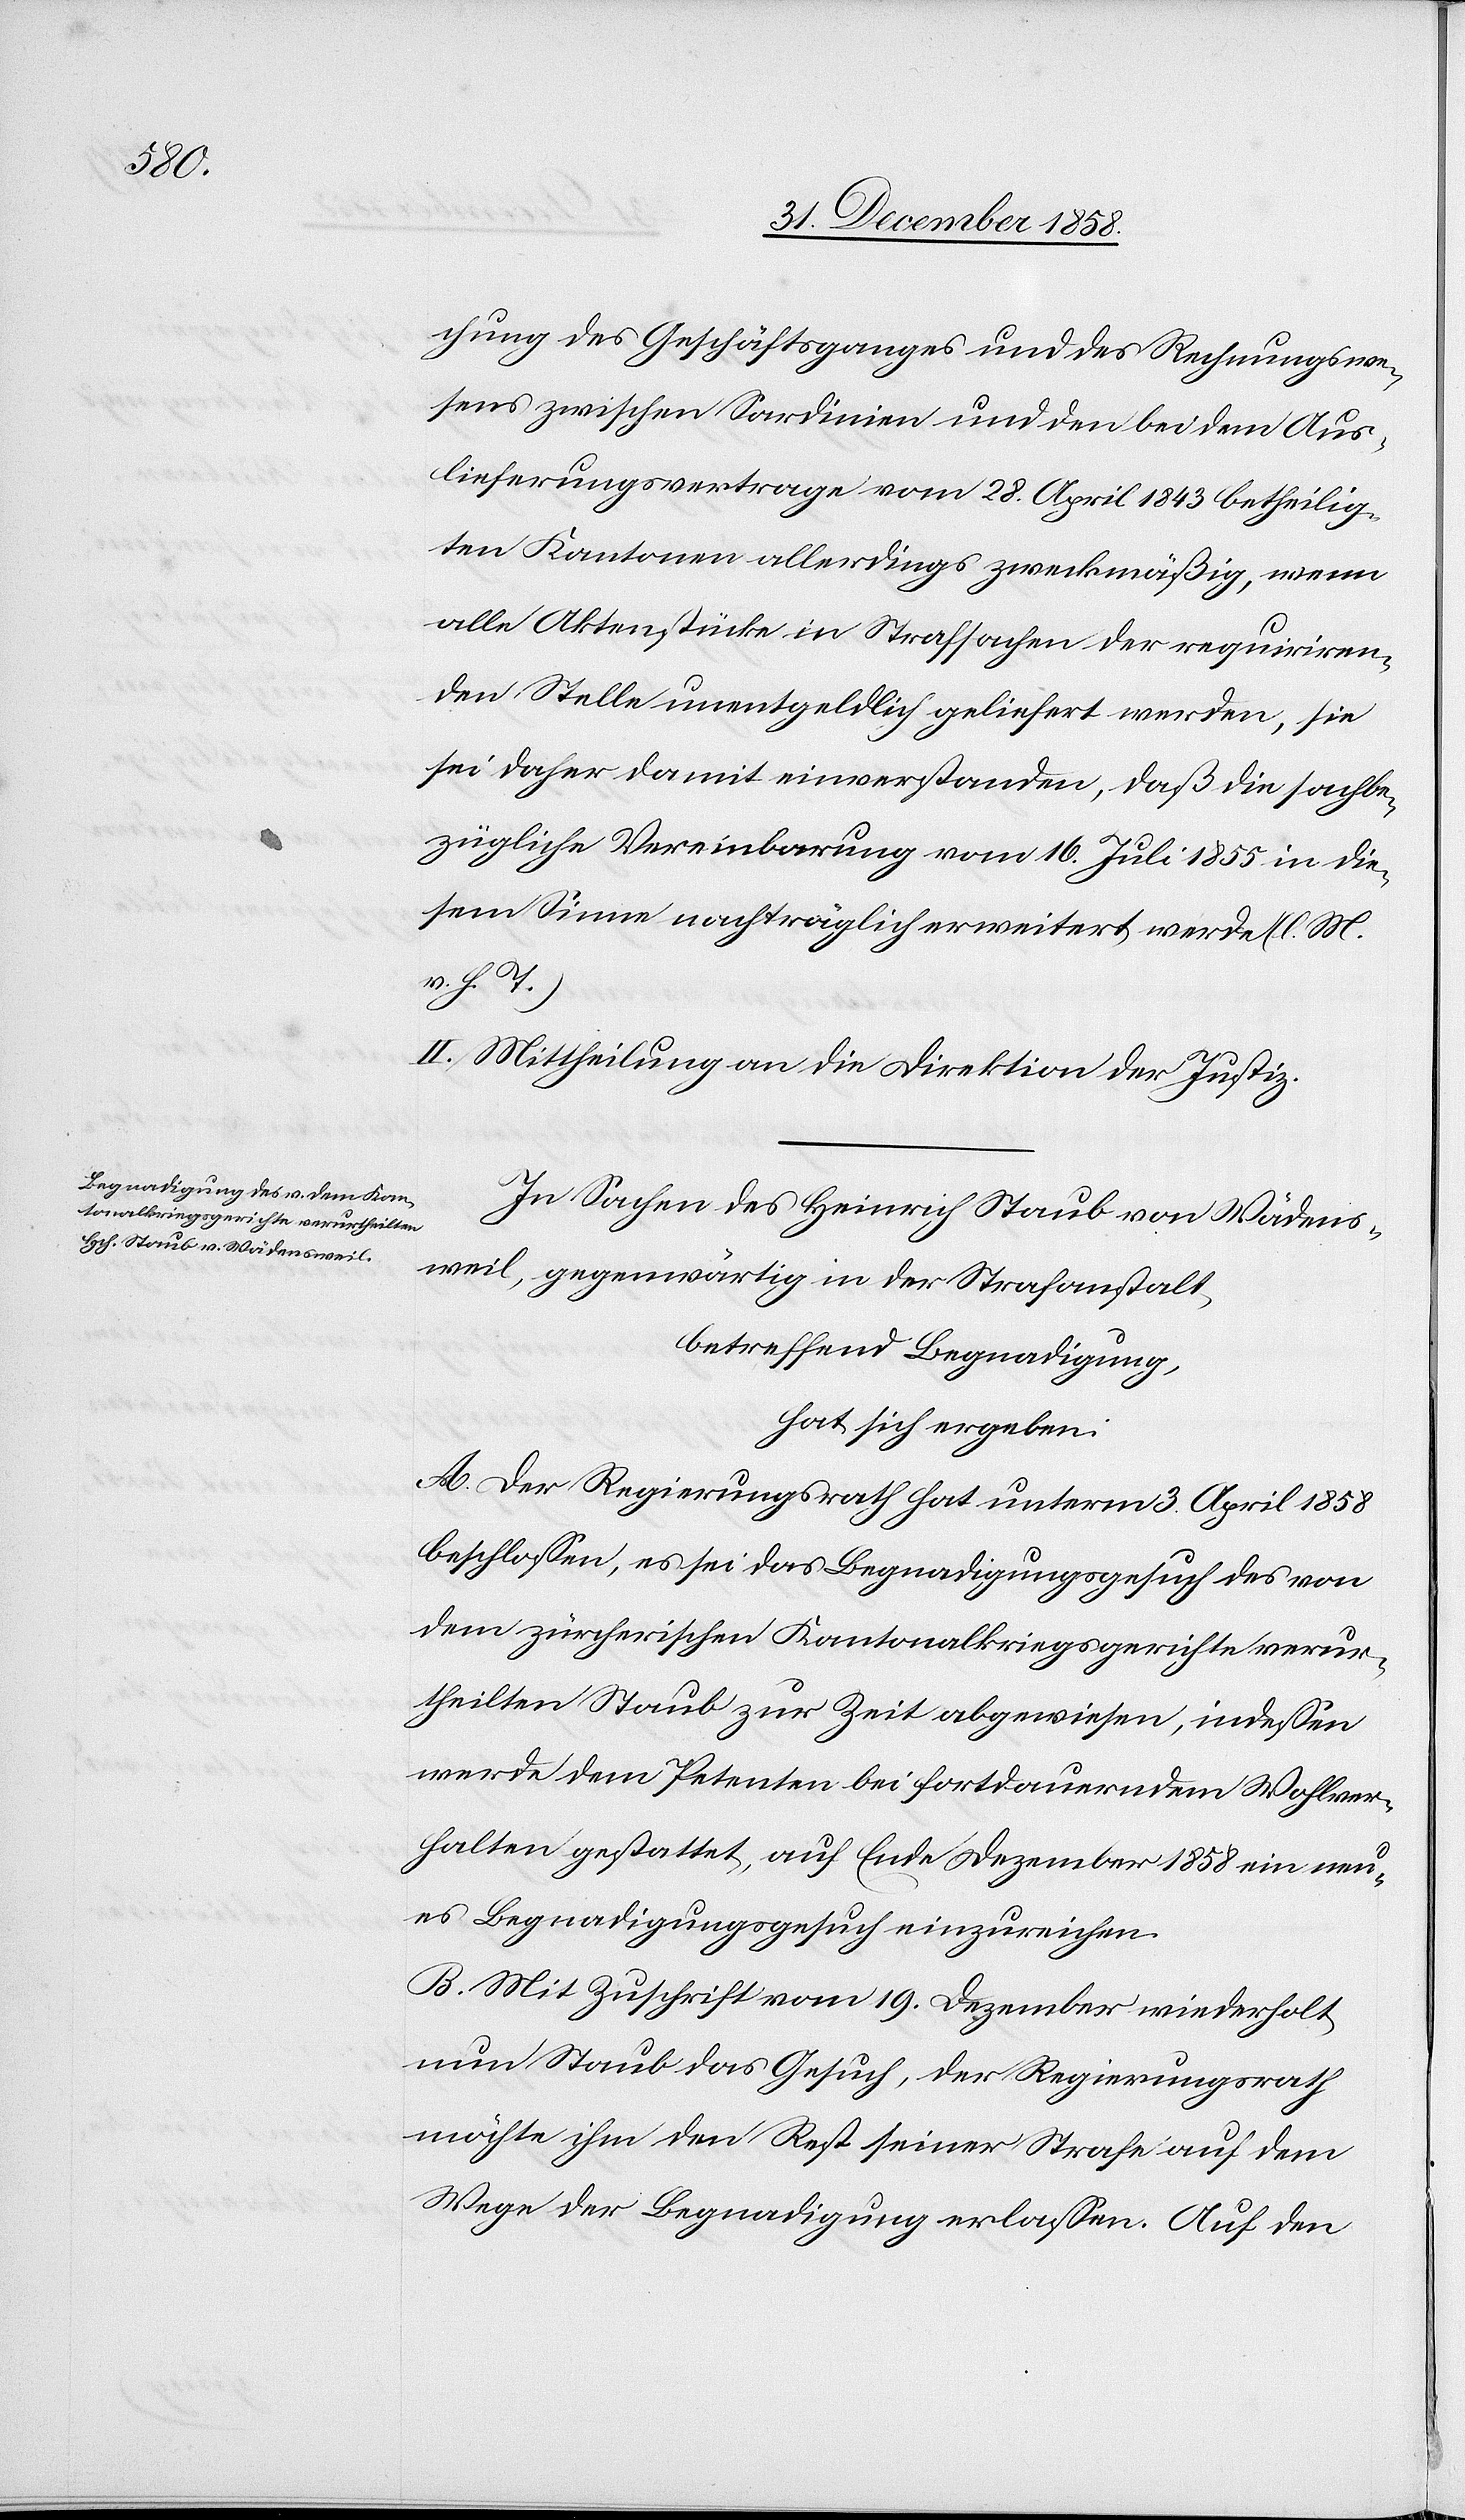
Genehmigung

des

9. d. Mts.,